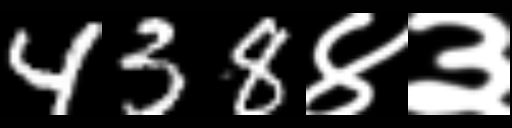
Text: 438४३